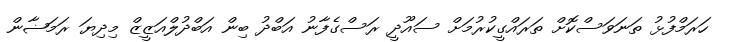
ހަރަމްފުޅު ތަނަވަސްކޮށް ތަރައްގީކުރުމަށް ސައޫދީ ރަސްގެފާނު އަބްދު ބިން އަބްދުލްއަޒީޒް މިދިޔަ ރަމަޟާން